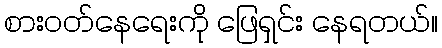
စားဝတ်နေရေးကို ဖြေရှင်း နေရတယ်။